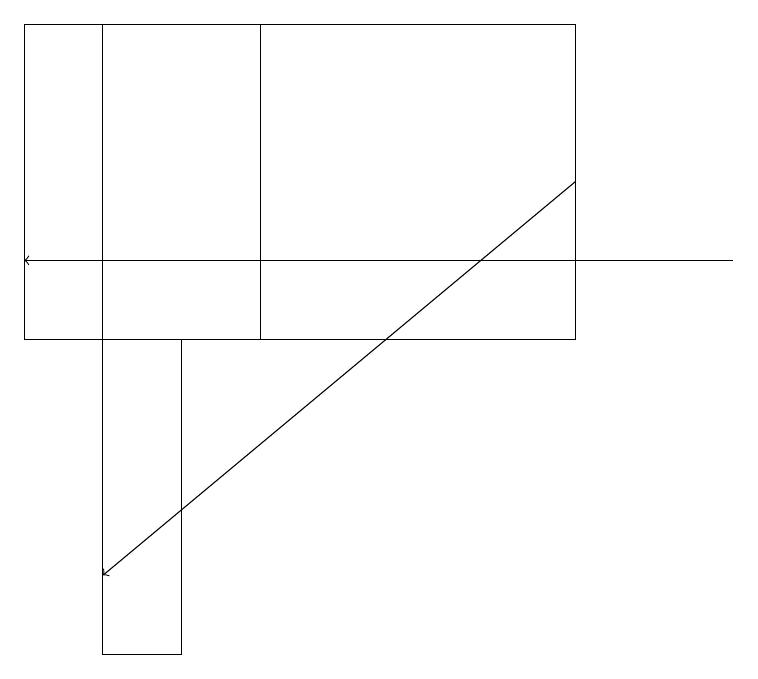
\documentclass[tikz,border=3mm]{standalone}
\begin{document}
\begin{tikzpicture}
\draw (2,14) rectangle (1,10);
\draw (1,14) rectangle (3,18);
\draw[->] (7,16) -- (1,11);
\draw (0,18) rectangle (7,14);
\draw[->] (9,15) -- (0,15);
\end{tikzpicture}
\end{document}